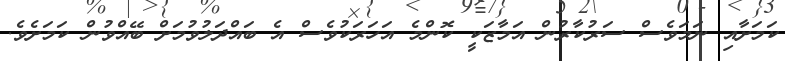
ކަމަށާއި ނަމަވެސް ސަރުކާރުން އަމާޒަކީ ކޮންމެ އަހަރަކުވެސް އެ ބައްދަލުވުމަށް ބޭއްވުން ކަމަށެވެ.